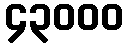
၄၃၀၀၀